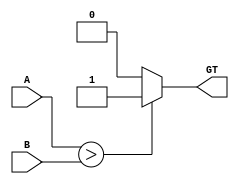
`timescale 1ns / 1ps
//////////////////////////////////////////////////////////////////////////////////
// Company: 
// Engineer: 
// 
// Design Name: 
// Module Name: Comparator
// Project Name: 
// Target Devices: 
// Tool Versions: 
// Description: 
// 
// Dependencies: 
// 
// Revision:
// Revision 0.01 - File Created
// Additional Comments:
// 
//////////////////////////////////////////////////////////////////////////////////


module Comparator #(parameter DataWidth =4)(
    input [DataWidth - 1:0] A,
    input [DataWidth - 1:0] B,
    output reg GT
    );
    always @(A or B)
        begin
            //Initialize GT value with '0'
            GT <= 1'b0;
            
            if(A > B)
                GT <= 1'b1;
        end
endmodule